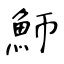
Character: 魳